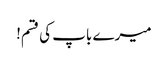
میرے باپ کی قسم!